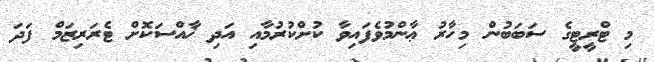
މި ޓްރީޓީގެ ސަބަބުން މިހާރު ޢާންމުވެފައިވާ ކުށްކުރުމާއި އަދި ޚާއްސަކޮށް ޓެރަރިޒަމް ފަދަ